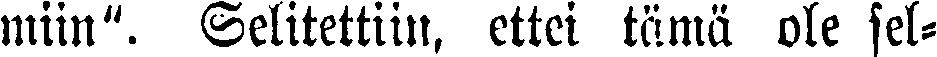
miin". Selitettiin, ettei tämä ole sel-